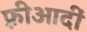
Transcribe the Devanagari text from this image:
फ़्रीआदीं